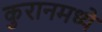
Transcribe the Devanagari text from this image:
कुरानमध्ये